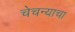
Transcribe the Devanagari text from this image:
चेचन्याचा